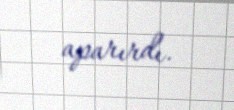
aparırdı.